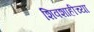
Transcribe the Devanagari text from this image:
शिवशाहीच्या